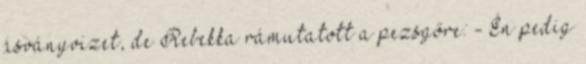
ásványvizet, de Rebekka rámutatott a pezsgőre: - Én pedig